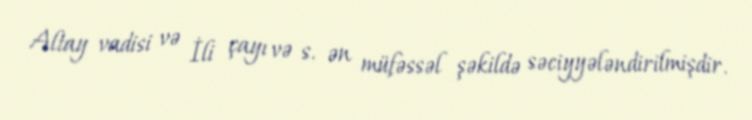
Altay vadisi və İli çayı və s. ən müfəssəl şəkildə səciyyələndirilmişdir.